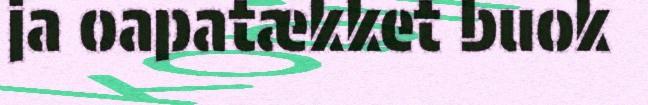
ja oapatækket buok